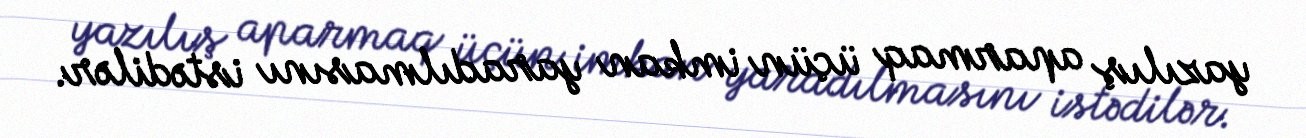
yazılış aparmaq üçün imkan yaradılmasını istədilər.